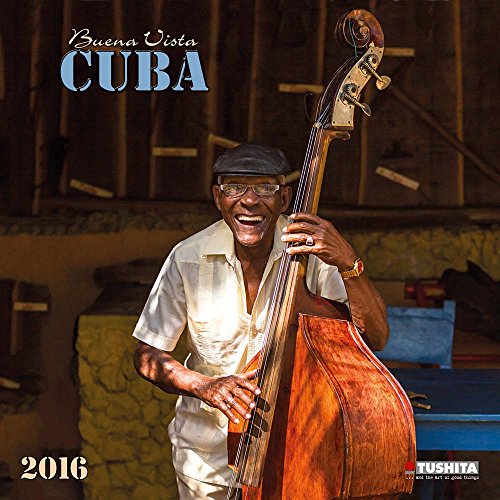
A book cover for Buena Vista Cuba (160301) (English, Spanish, French, Italian and German Edition); Tushita; Travel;